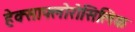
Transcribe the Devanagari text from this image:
हेक्साफ्लोरोसिलिक